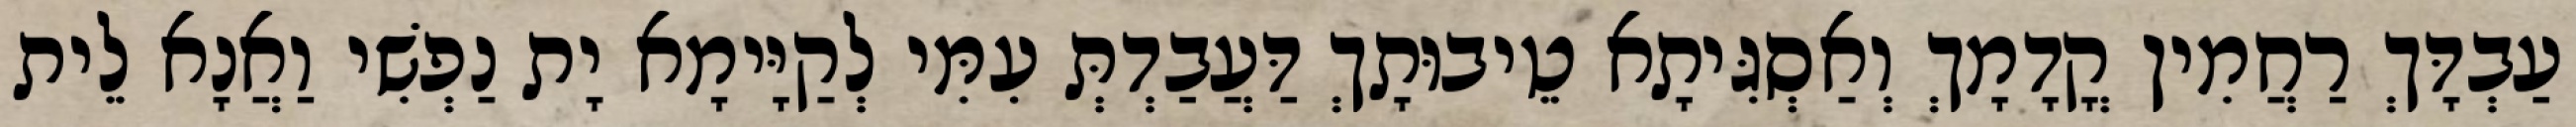
עַבְדָּךְ רַחֲמִין קֳדָמָךְ וְאַסְגִּיתָא טֵיבוּתָךְ דַּעֲבַדְתְּ עִמִּי לְקַיָּימָא יָת נַפְשִׁי וַאֲנָא לֵית